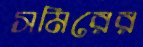
সমিরের